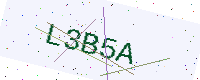
Text: L3B5A